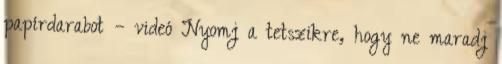
papírdarabot – videó Nyomj a tetszikre, hogy ne maradj